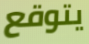
يتوقع